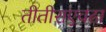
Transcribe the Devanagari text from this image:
तीतीराएवढा